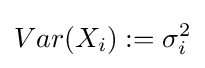
Var(X_{i}):=\sigma _{i}^{2}